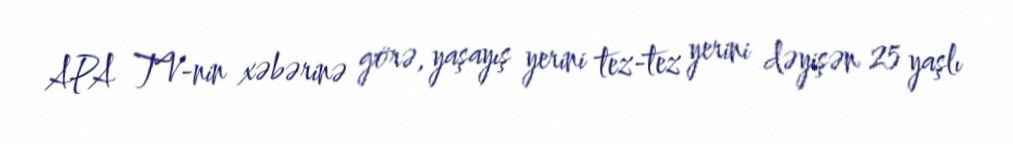
APA TV-nin xəbərinə görə, yaşayış yerini tez-tez yerini dəyişən 25 yaşlı